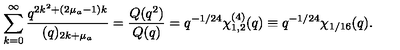
\sum _ { k = 0 } ^ { \infty } \frac { q ^ { 2 k ^ { 2 } + ( 2 \mu _ { a } - 1 ) k } } { ( q ) _ { 2 k + \mu _ { a } } } = \frac { Q ( q ^ { 2 } ) } { Q ( q ) } = q ^ { - 1 / 2 4 } \chi _ { 1 , 2 } ^ { ( 4 ) } ( q ) \equiv q ^ { - 1 / 2 4 } \chi _ { 1 / 1 6 } ( q ) .